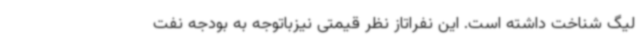
لیگ شناخت داشته است. این نفراتاز نظر قیمتی نیزباتوجه به بودجه نفت